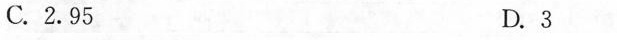
C.2.95 D.3